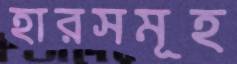
হারসমূহ